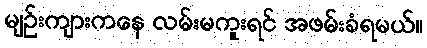
မျဉ်းကျားကနေ လမ်းမကူးရင် အဖမ်းခံရမယ်။